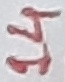
Text: 14